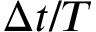
\Delta t / T